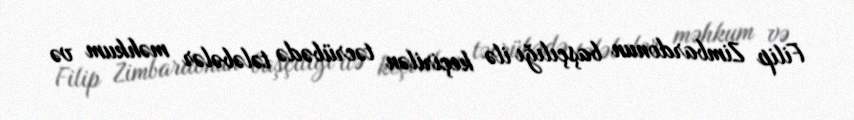
Filip Zimbardonun başçılığı ilə keçirilən təcrübədə tələbələr məhkum və